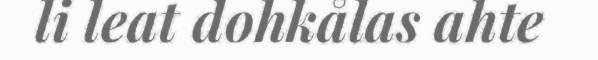
li leat dohkålas ahte